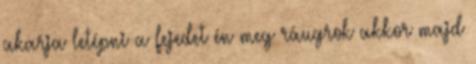
akarja letépni a fejedet én meg ráugrok akkor majd